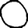
Digit: 0